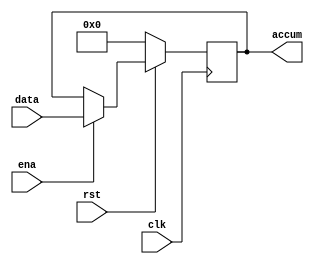
module acc_sum(
    clk,
    rst,
    ena,
    data,
    accum
);

input clk;
input rst;
input ena;
input [7:0]data;
output reg [7:0]accum;

always@(posedge clk)
    if(!rst)
        accum <= 8'b0000_0000;
    else if(ena)
        accum <= data;
        
endmodule